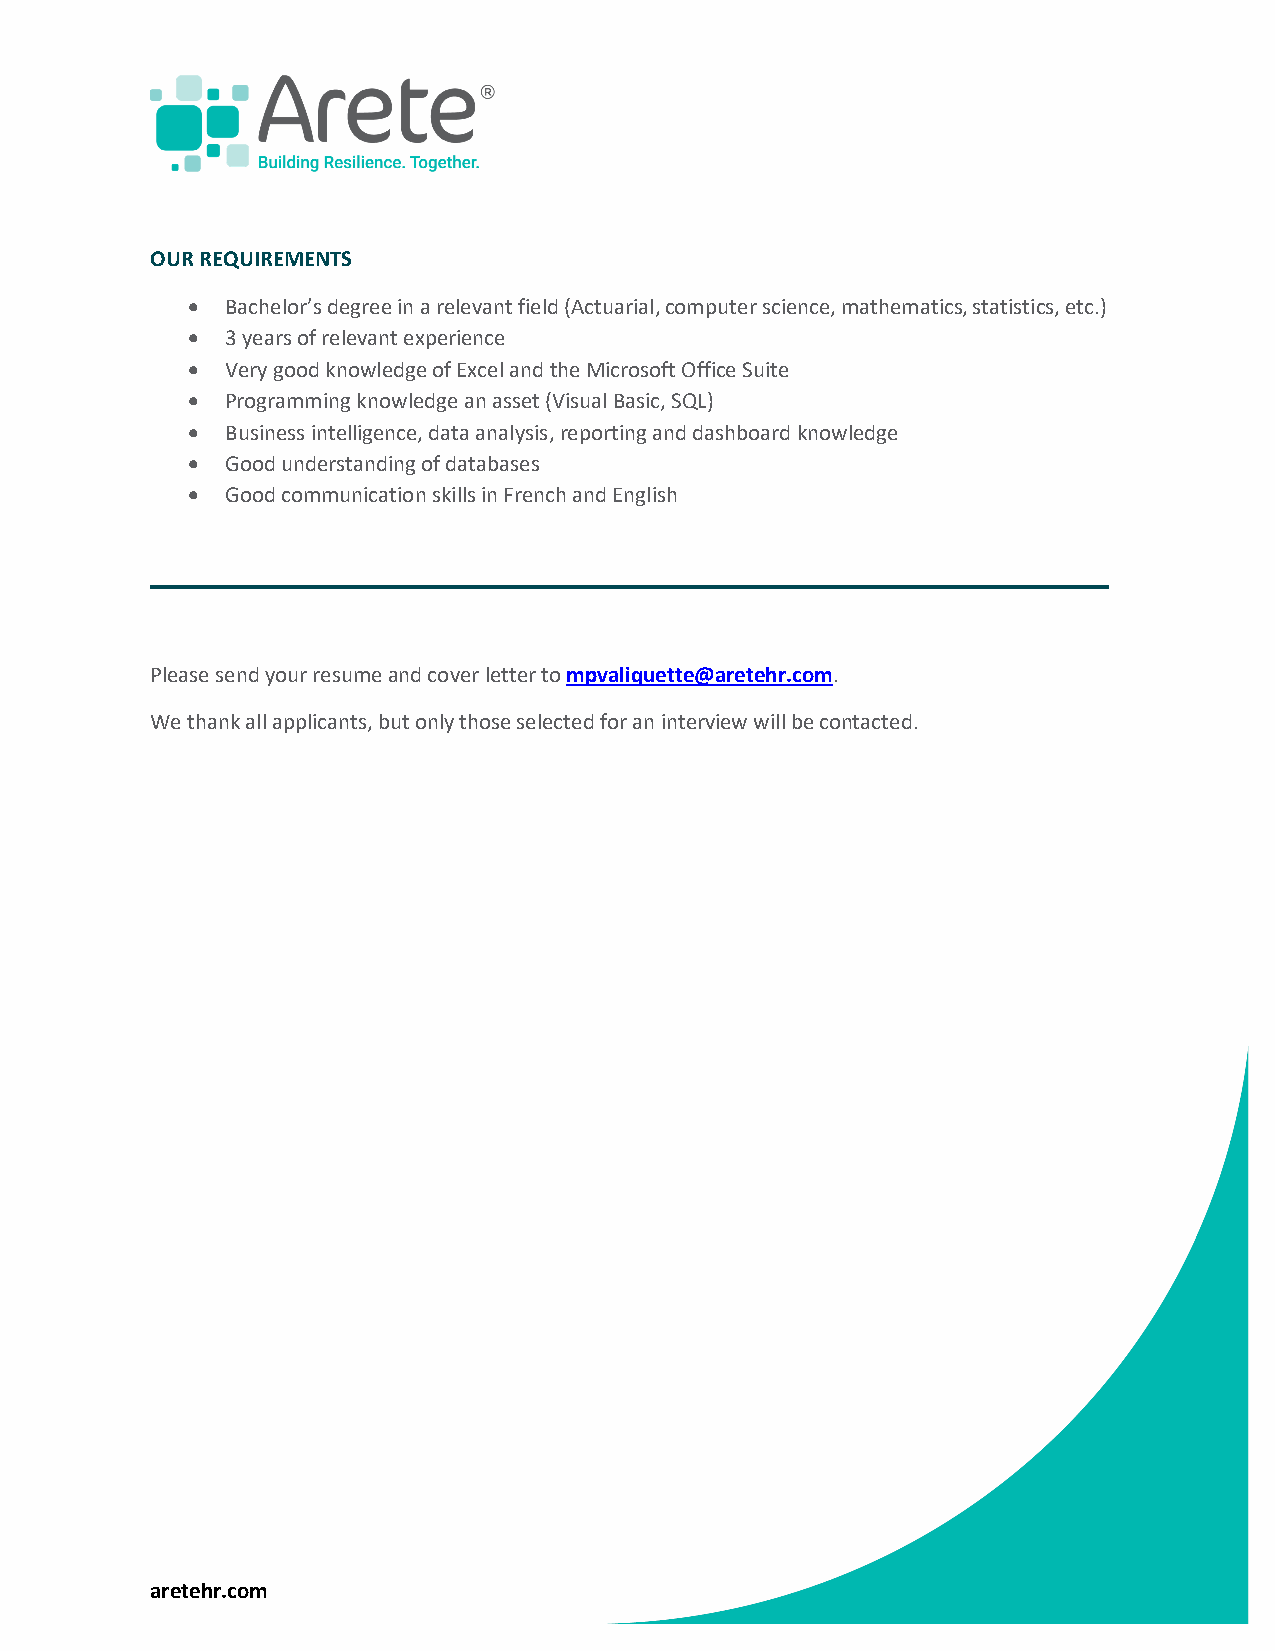
OUR REQUIREMENTS
 •  Bachelor’s degree in a relevant field (Actuarial, computer science, mathematics, statistics, etc.)
 •  3 years of relevant experience
 •  Very good knowledge of Excel and the Microsoft Office Suite
 •  Programming knowledge an asset (Visual Basic, SQL)
 •  Business intelligence, data analysis, reporting and dashboard knowledge
 •  Good understanding of databases
 •  Good communication skills in French and English
 ____________________________________________
 Please send your resume and cover letter to mpvaliquette@aretehr.com.
 We thank all applicants, but only those selected for an interview will be contacted.
 aretehr.com